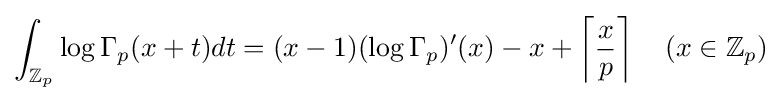
\int _{\mathbb {Z} _{p}}\log \Gamma _{p}(x+t)dt=(x-1)(\log \Gamma _{p})'(x)-x+\left\lceil {\frac {x}{p}}\right\rceil \quad (x\in \mathbb {Z} _{p})